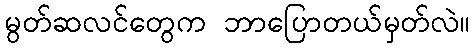
မွတ်ဆလင်တွေက ဘာပြောတယ်မှတ်လဲ။